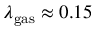
\lambda _ { \mathrm { g a s } } \approx 0 . 1 5